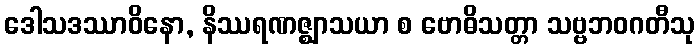
ဒေါသဒဿာဝိနော, နိဿရဏဇ္ဈာသယာ စ ဗောဓိသတ္တာ သဗ္ဗဘဝဂတီသု